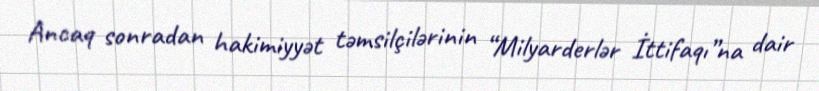
Ancaq sonradan hakimiyyət təmsilçilərinin “Milyarderlər İttifaqı”na dair